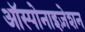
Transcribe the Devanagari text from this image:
ऑस्पोनाइज़ेशन